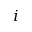
i